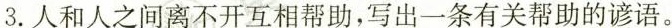
3.人和人之间离不开互相帮助，写出一条有关帮助的谚语。